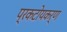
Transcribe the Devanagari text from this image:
प्रकटोयकर्ण